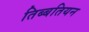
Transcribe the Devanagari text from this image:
तिब्‍बतियन